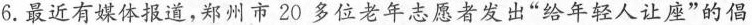
6.最近有媒体报道，郑州市20多位老年志愿者发出“给年轻人让座”的倡